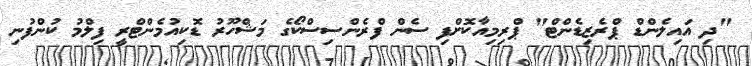
"ދި އައިލެންޑް ޕްރެޒިޑެންޓް" ޕްރިމިއާކޮށްފި ސެން ފްރެންސިސްކޯގެ މަޝްހޫރު ޑޮކިއުމެންޓްރީ ފިލްމު ކުންފުނި